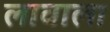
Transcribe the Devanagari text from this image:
लावाला